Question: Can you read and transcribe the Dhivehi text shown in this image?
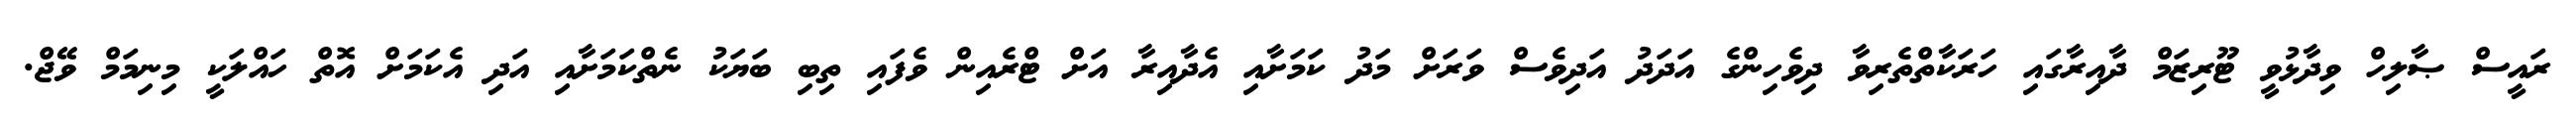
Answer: ރައީސް ޞާލިހް ވިދާޅުވީ ޓޫރިޒަމް ދާއިރާގައި ހަރަކާތްތެރިވާ ދިވެހިންގެ އަދަދު އަދިވެސް ވަރަށް މަދު ކަމަށާއި އެދާއިރާ އަށް ޓްރެއިން ވެފައި ތިބި ބަޔަކު ނެތްކަމަށާއި އަދި އެކަމަށް އޮތް ހައްލަކީ މިނިމަމް ވޭޖް.